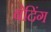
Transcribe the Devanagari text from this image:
बेदिंग